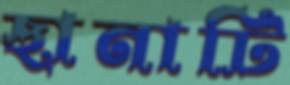
ছানাটি